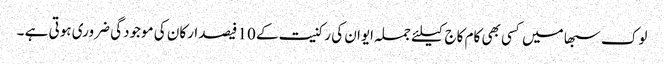
لوک سبھا میں کسی بھی کام کاج کیلئے جملہ ایوان کی رکنیت کے 10 فیصد ارکان کی موجودگی ضروری ہوتی ہے ۔